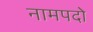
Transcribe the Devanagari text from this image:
नामपदो